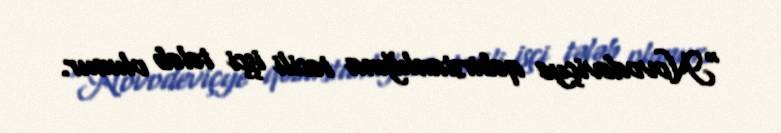
“Novodeviçye qəbirstanlığına təcili işçi tələb olunur.